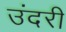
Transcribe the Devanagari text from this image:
उंदरी